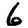
Digit: 6